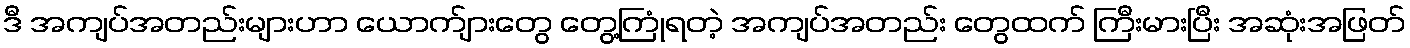
ဒီ အကျပ်အတည်းများဟာ ယောက်ျားတွေ တွေ့ကြုံရတဲ့ အကျပ်အတည်း တွေထက် ကြီးမားပြီး အဆုံးအဖြတ်